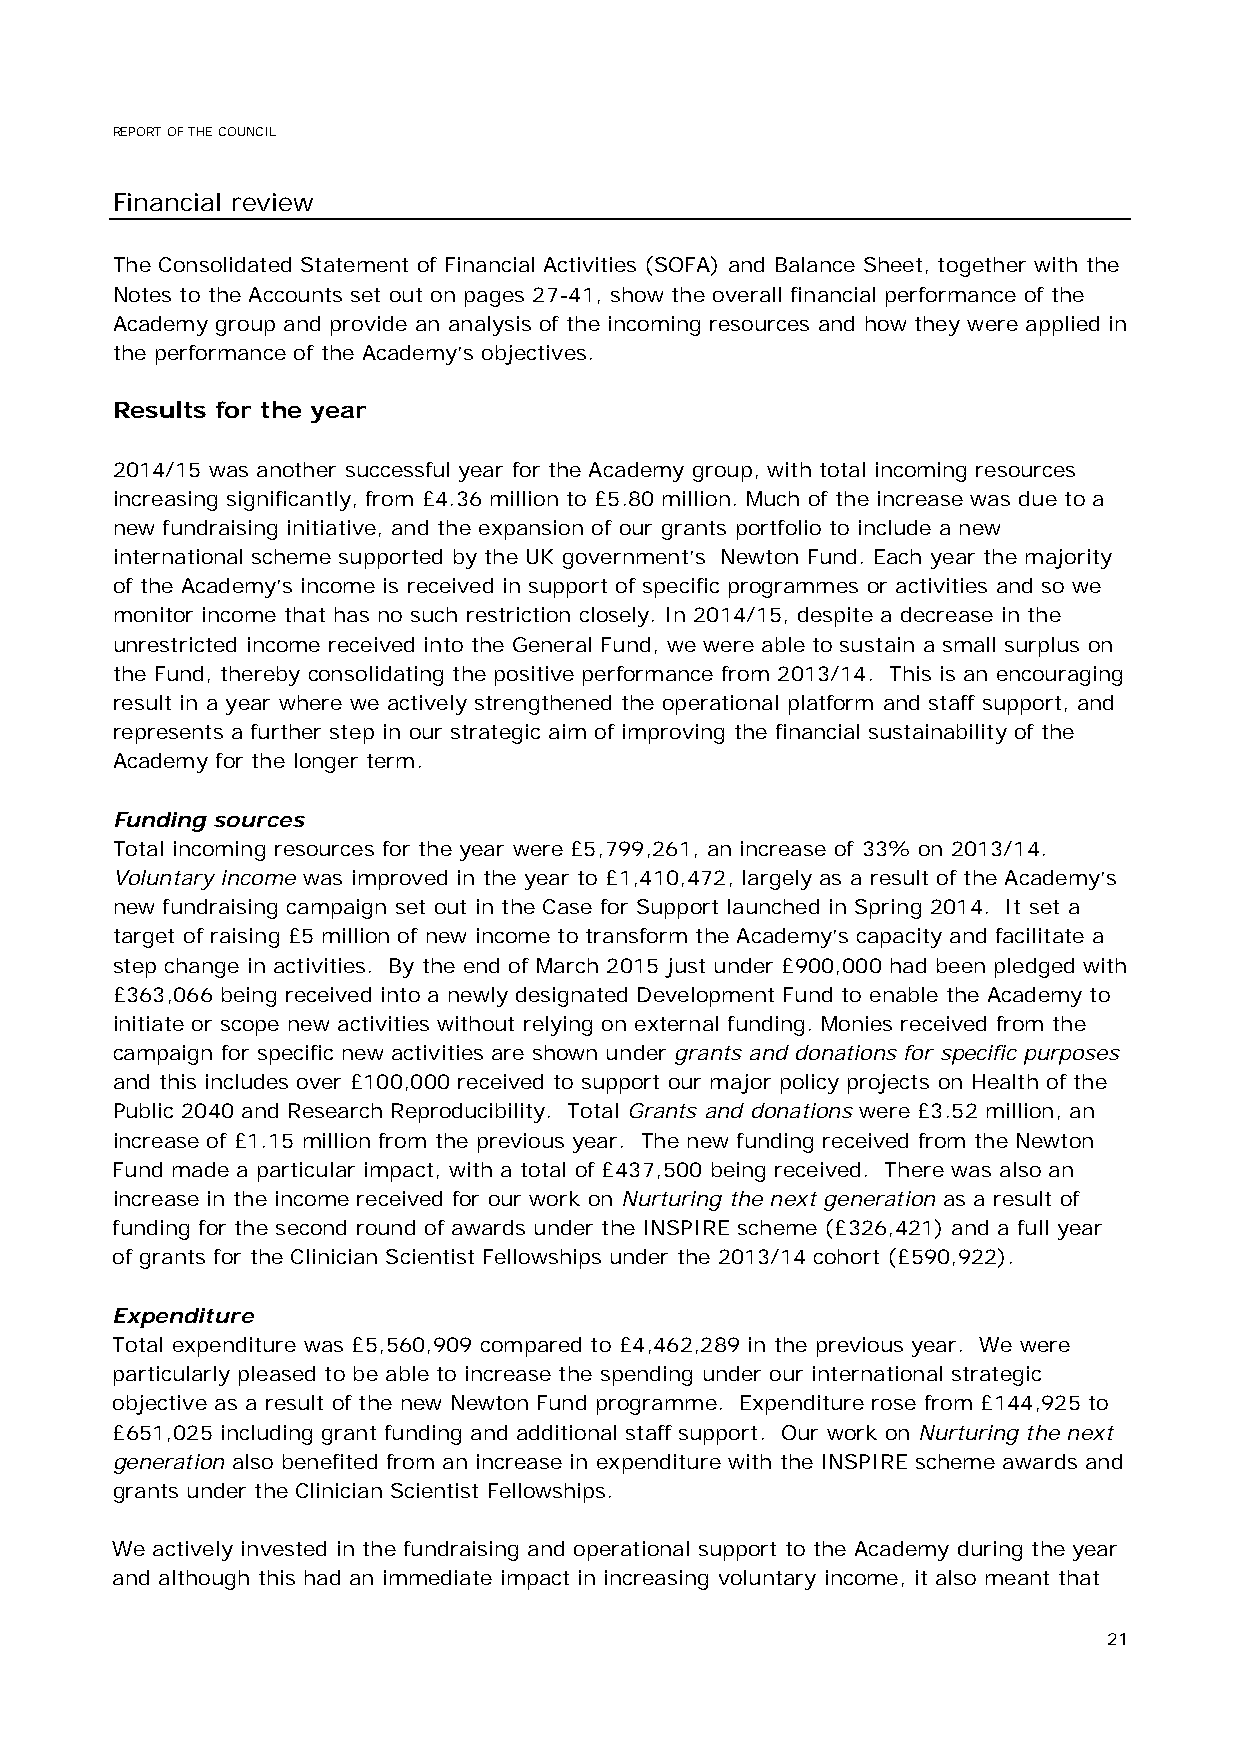
REPORT OF THE COUNCIL
 Financial review
 The Consolidated Statement of Financial Activities (SOFA) and Balance Sheet, together with the
 Notes to the Accounts set out on pages 27-41, show the overall financial performance of the
 Academy group and provide an analysis of the incoming resources and how they were applied in
 the performance of the Academy’s objectives.
 Results for the year
 2014/15 was another successful year for the Academy group, with total incoming resources
 increasing significantly, from £4.36 million to £5.80 million. Much of the increase was due to a
 new fundraising initiative, and the expansion of our grants portfolio to include a new
 international scheme supported by the UK government’s Newton Fund. Each year the majority
 of the Academy’s income is received in support of specific programmes or activities and so we
 monitor income that has no such restriction closely. In 2014/15, despite a decrease in the
 unrestricted income received into the General Fund, we were able to sustain a small surplus on
 the Fund, thereby consolidating the positive performance from 2013/14. This is an encouraging
 result in a year where we actively strengthened the operational platform and staff support, and
 represents a further step in our strategic aim of improving the financial sustainability of the
 Academy for the longer term.
 Funding sources
 Total incoming resources for the year were £5,799,261, an increase of 33% on 2013/14.
 Voluntary income was improved in the year to £1,410,472, largely as a result of the Academy’s
 new fundraising campaign set out in the Case for Support launched in Spring 2014. It set a
 target of raising £5 million of new income to transform the Academy’s capacity and facilitate a
 step change in activities. By the end of March 2015 just under £900,000 had been pledged with
 £363,066 being received into a newly designated Development Fund to enable the Academy to
 initiate or scope new activities without relying on external funding. Monies received from the
 campaign for specific new activities are shown under grants and donations for specific purposes
 and this includes over £100,000 received to support our major policy projects on Health of the
 Public 2040 and Research Reproducibility. Total Grants and donations were £3.52 million, an
 increase of £1.15 million from the previous year. The new funding received from the Newton
 Fund made a particular impact, with a total of £437,500 being received. There was also an
 increase in the income received for our work on Nurturing the next generation as a result of
 funding for the second round of awards under the INSPIRE scheme (£326,421) and a full year
 of grants for the Clinician Scientist Fellowships under the 2013/14 cohort (£590,922).
 Expenditure
 Total expenditure was £5,560,909 compared to £4,462,289 in the previous year. We were
 particularly pleased to be able to increase the spending under our international strategic
 objective as a result of the new Newton Fund programme. Expenditure rose from £144,925 to
 £651,025 including grant funding and additional staff support. Our work on Nurturing the next
 generation also benefited from an increase in expenditure with the INSPIRE scheme awards and
 grants under the Clinician Scientist Fellowships.
 We actively invested in the fundraising and operational support to the Academy during the year
 and although this had an immediate impact in increasing voluntary income, it also meant that
 21